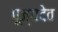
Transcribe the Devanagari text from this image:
पूज्यदेव